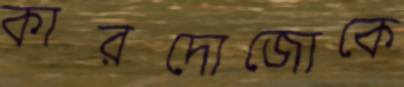
কারদোজোকে